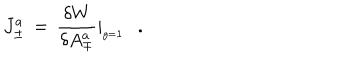
LaTeX: J _ { \pm } ^ { a } \, = \, { \frac { \delta W } { \delta A _ { \mp } ^ { a } } } \vert _ { _ { g = { \bf 1 } } } \, \, \, \, .